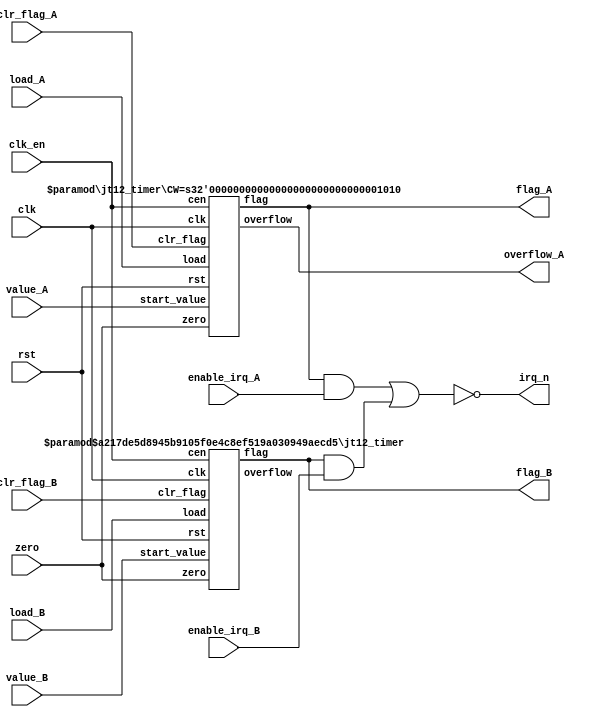
// This program was cloned from: https://github.com/MiSTer-devel/Genesis_MiSTer
// License: GNU General Public License v3.0

/*  This file is part of JT12.

  JT12 is free software: you can redistribute it and/or modify
  it under the terms of the GNU General Public License as published by
  the Free Software Foundation, either version 3 of the License, or
  (at your option) any later version.

  JT12 is distributed in the hope that it will be useful,
  but WITHOUT ANY WARRANTY; without even the implied warranty of
  MERCHANTABILITY or FITNESS FOR A PARTICULAR PURPOSE.  See the
  GNU General Public License for more details.

  You should have received a copy of the GNU General Public License
  along with JT12.  If not, see <http://www.gnu.org/licenses/>.

  Author: Jose Tejada Gomez. Twitter: @topapate
  Version: 1.0
  Date: 14-2-2017

  YM3438_APL.pdf
  Timer A = 144*(1024-NA)/Phi M
  Timer B = 2304*(256-NB)/Phi M
  */


module jt12_timers(
  input     clk,
  input     rst,
  input     clk_en /* synthesis direct_enable */,
  input         zero,
  input [9:0] value_A,
  input [7:0] value_B,
  input     load_A,
  input     load_B,
  input     clr_flag_A,
  input     clr_flag_B,
  input     enable_irq_A,
  input     enable_irq_B,
  output    flag_A,
  output    flag_B,
  output    overflow_A,
  output    irq_n
);

parameter num_ch = 6;

assign irq_n = ~( (flag_A&enable_irq_A) | (flag_B&enable_irq_B) );

/*
reg zero2;

always @(posedge clk, posedge rst) begin
    if( rst )
        zero2 <= 0;
    else if(clk_en) begin
        if( zero ) zero2 <= ~zero;
    end
end

wire zero       = num_ch == 6 ? zero : (zero2&zero);
*/
jt12_timer #(.CW(10)) timer_A(
    .clk        ( clk         ),
    .rst        ( rst         ),
    .cen        ( clk_en      ),
    .zero       ( zero        ),
    .start_value( value_A     ),
    .load       ( load_A      ),
    .clr_flag   ( clr_flag_A  ),
    .flag       ( flag_A      ),
    .overflow   ( overflow_A  )
);

jt12_timer #(.CW(8),.FREE_EN(1)) timer_B(
    .clk        ( clk         ),
    .rst        ( rst         ),
    .cen        ( clk_en      ),
    .zero       ( zero        ),
    .start_value( value_B     ),
    .load       ( load_B      ),
    .clr_flag   ( clr_flag_B  ),
    .flag       ( flag_B      ),
    .overflow   (             )
);

endmodule

module jt12_timer #(parameter
    CW      = 8, // counter bit width. This is the counter that can be loaded
    FW      = 4, // number of bits for the free-running counter
    FREE_EN = 0  // enables a 4-bit free enable count
) (
    input   rst,
    input   clk,
    input   cen,
    input   zero,
    input   [CW-1:0] start_value,
    input   load,
    input   clr_flag,
    output reg flag,
    output reg overflow
);
/* verilator lint_off WIDTH */
reg          load_l;
reg [CW-1:0] cnt, next;
reg [FW-1:0] free_cnt, free_next;
reg          free_ov;

always@(posedge clk, posedge rst)
    if( rst )
        flag <= 1'b0;
    else /*if(cen)*/ begin
        if( clr_flag )
            flag <= 1'b0;
        else if( cen && zero && load && overflow ) flag<=1'b1;
    end

always @(*) begin
    {free_ov, free_next} = { 1'b0, free_cnt} + 1'b1;
    {overflow, next }    = { 1'b0, cnt }     + (FREE_EN ? free_ov : 1'b1);
end

always @(posedge clk) begin
    load_l <= load;
    if( !load_l && load ) begin
        cnt <= start_value;
    end else if( cen && zero && load )
        cnt <= overflow ? start_value : next;
end

// Free running counter
always @(posedge clk) begin
    if( rst ) begin
        free_cnt <= 0;
    end else if( cen && zero ) begin
        free_cnt <= free_cnt+1'd1;
    end
end
/* verilator lint_on WIDTH */
endmodule